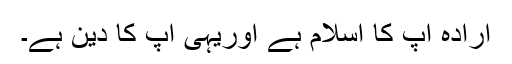
ارادہ آپ کا اسلام ہے اوریہی آپ کا دین ہے۔